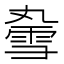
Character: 𫕣